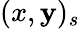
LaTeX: (x,\mathbf{y})_{s}